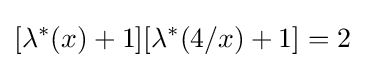
[\lambda ^{*}(x)+1][\lambda ^{*}(4/x)+1]=2